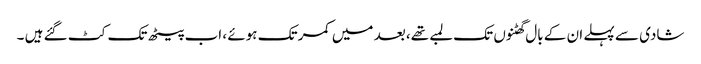
شادی سے پہلے ان کے بال گھٹنوں تک لمبے تھے، بعد میں کمر تک ہوئے ، اب پیٹھ تک کٹ گئے ہیں ۔